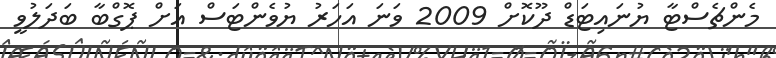
މެންޗެސްޓާ ޔުނައިޓަޑް ދޫކޮށް 2009 ވަނަ އަހަރު ޔުވެންޓަސް އަށް ޕޮގްބާ ބަދަލުވީ